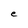
Character: e